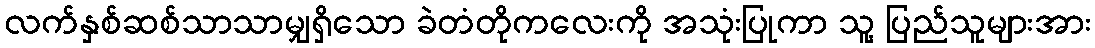
လက်နှစ်ဆစ်သာသာမျှရှိသော ခဲတံတိုကလေးကို အသုံးပြုကာ သူ့ ပြည်သူများအား